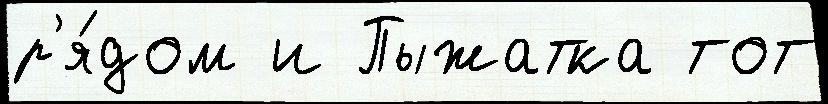
р'я́дом и Пыжатка тот